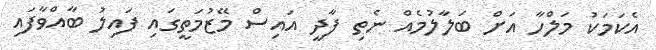
އެކަމަކު މަލްހާ އަށް ބަލާލުމެއް ނެތި ފާދީ އައިސް މޭޒުމަތީގައި ފައިލު ބާއްވާފައި